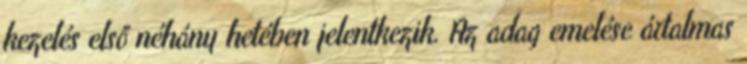
kezelés első néhány hetében jelentkezik. Az adag emelése ártalmas